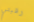
رقبتي